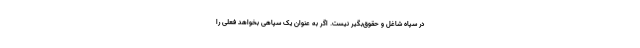
در سپاه شاغل و حقوق‌بگیر نیست. اگر به عنوان یک سپاهی بخواهد فعلی را